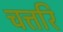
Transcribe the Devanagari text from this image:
चत्तरि